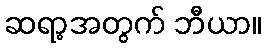
ဆရာ့အတွက် ဘီယာ။